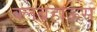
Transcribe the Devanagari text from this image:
क्लबहाऊस